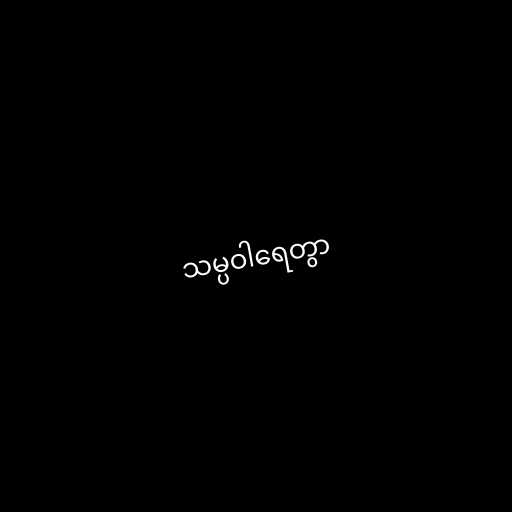
သမ္ပဝါရေတွာ